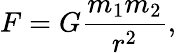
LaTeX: F=G{\frac{m_{1}m_{2}}{r^{2}}},